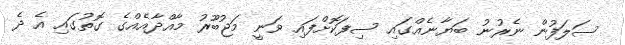
ސަލަފުން ނެރުނު ބަޔާނެއްގައި ސިފަކޮށްފައި ވަނީ މަޖުބޫރު މާއްދާއެއްގެ ގޮތުގައި އެ ދެ